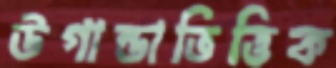
উগান্ডাভিত্তিক